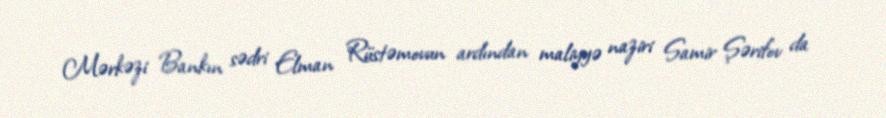
Mərkəzi Bankın sədri Elman Rüstəmovun ardından maliyyə naziri Samir Şərifov da